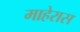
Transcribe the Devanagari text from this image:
माहेरास